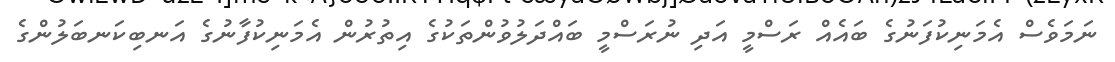
ނަމަވެސް އެމަނިކުފަނުގެ ބައެއް ރަސްމީ އަދި ނުރަސްމީ ބައްދަލުވުންތަކުގެ އިތުރުން އެމަނިކުފާނުގެ އަނބިކަނބަލުންގެ